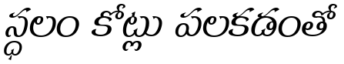
స్ధలం కోట్లు పలకడంతో